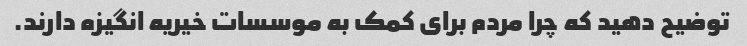
توضیح دهید که چرا مردم برای کمک به موسسات خیریه انگیزه دارند.